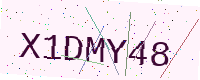
Text: X1DMY48